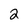
Character: 2